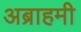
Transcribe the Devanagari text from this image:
अब्राहमी